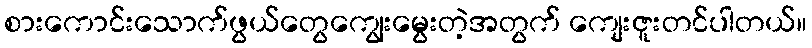
စားကောင်းသောက်ဖွယ်တွေကျွေးမွေးတဲ့အတွက် ကျေးဇူးတင်ပါတယ်။